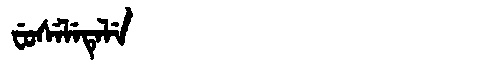
Manchu: ᠸᡠᠰᡝᠯᡝᡨᡝᠯᡝ
Romanization: FUSELETELE